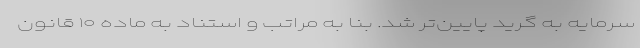
سرمایه به گرید پایین‌تر شد. بنا به مراتب و استناد به ماده ۱۰ قانون